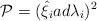
LaTeX: \begin{align*}{\cal P}=({\hat{\xi}}_{i}ad{\lambda}_{i})^2 \end{align*}